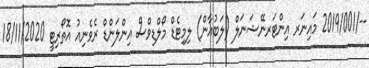
--/2019/001 މައިނަރ އިންޓަރނޭޝަނަލް (ލަބުއާން) ލިމިޓެޑް މޯލްޑިވްސް އިންލަންޑް ރެވެނިއު އޮތޯރިޓީ 18/11/2020